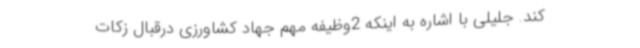
کند. جلیلی با اشاره به اینکه 2وظیفه مهم جهاد کشاورزی درقبال زکات